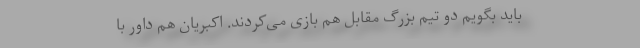
باید بگویم دو تیم بزرگ مقابل هم بازی می‌کردند. اکبریان هم داور با